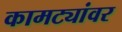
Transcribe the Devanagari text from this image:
कामट्यांवर